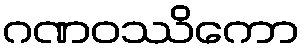
ဂဏဝဿိကော